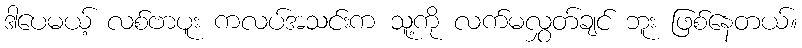
ဒါပေမယ့် လစ်ဗာပူး ကလပ်အသင်းက သူ့ကို လက်မလွှတ်ချင် ဘူး ဖြစ်နေတယ်။